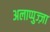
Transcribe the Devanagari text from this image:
अलाप्पुज्ज़ा